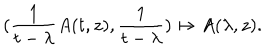
LaTeX: ( \frac { 1 } { t - \lambda } A ( t , z ) , \frac { 1 } { t - \lambda } ) \mapsto A ( \lambda , z ) .